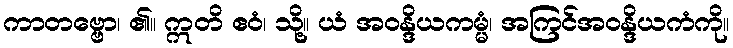
ကာတဗ္ဗော၊ ၏။ ဣတိ ဧဝံ၊ သို့။ ယံ အဝန္ဒိယကမ္မံ၊ အကြင်အဝန္ဒိယကံကို။